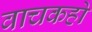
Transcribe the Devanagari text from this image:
वाचकहो